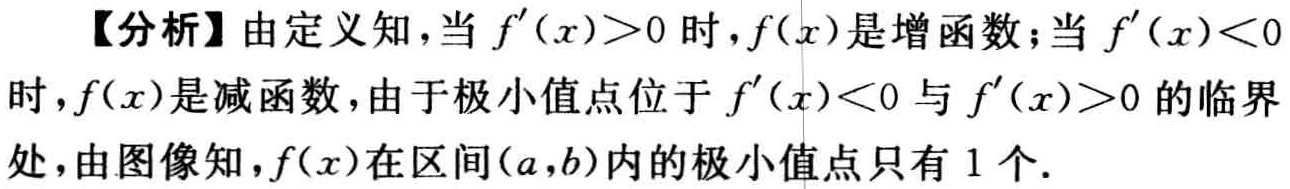
【分析】由定义知，当 \(f^{\prime}(x)>0\) 时，\(f(x)\) 是增函数；当 \(f^{\prime}(x)<0\) 时，\(f(x)\) 是减函数，由于极小值点位于 \(f^{\prime}(x)<0\) 与 \(f^{\prime}(x)>0\) 的临界处，由图像知，\(f(x)\) 在区间 \((a,b)\) 内的极小值点只有 1 个.